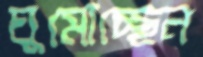
ঘুমোচ্ছেন